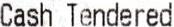
CASH TENDERED